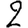
Digit: 2